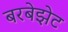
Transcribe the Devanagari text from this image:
बरबेझेट